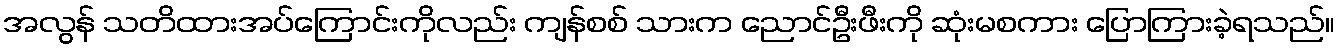
အလွန် သတိထားအပ်ကြောင်းကိုလည်း ကျန်စစ် သားက ညောင်ဦးဖီးကို ဆုံးမစကား ပြောကြားခဲ့ရသည်။